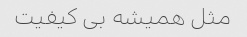
مثل همیشه بی کیفیت